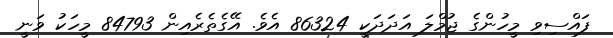
ފައްސިވި މީހުންގެ ޖުމްލަ އަދަދަކީ 86324 އެވެ. އޭގެތެރެއިން 84793 މީހަކު ވަނީ